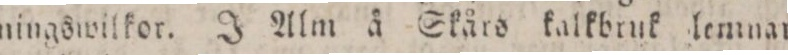
ningswilkor. J Alm å Skårs kalkbruk lemmar